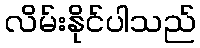
လိမ်းနိုင်ပါသည်